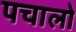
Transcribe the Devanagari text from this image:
पचालो